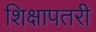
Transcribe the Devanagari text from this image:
शिक्षापतरी